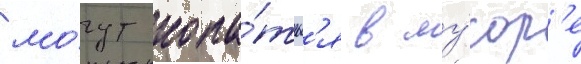
мо́гут копа́тьс'я в му́сор'е